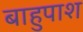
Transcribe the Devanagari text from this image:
बाहुपाश